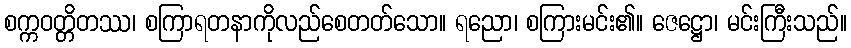
စက္ကဝတ္တိတဿ၊ စကြာရတနာကိုလည်စေတတ်သော။ ရညော၊ စကြားမင်း၏။ ဇေဋ္ဌော၊ မင်းကြီးသည်။